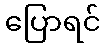
ပြောရင်